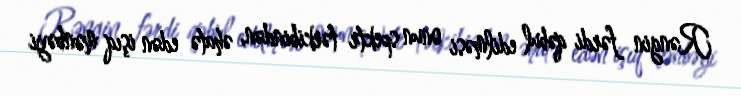
Rəngin fərdi qəbul edilməsi onun spektr tərkibindən, əhatə edən işıq mənbəyi